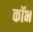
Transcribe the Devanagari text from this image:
कॉभ